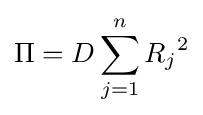
\Pi =D\sum _{j=1}^{n}{R_{j}}^{2}